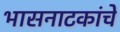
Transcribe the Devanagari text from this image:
भासनाटकांचे